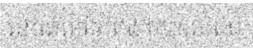
នៅពេលថ្ងៃត្រង់ លុះដល់នៅ